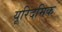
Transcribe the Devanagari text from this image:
यूरिदमिक